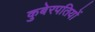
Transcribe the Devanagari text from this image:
कुबेरपतियों